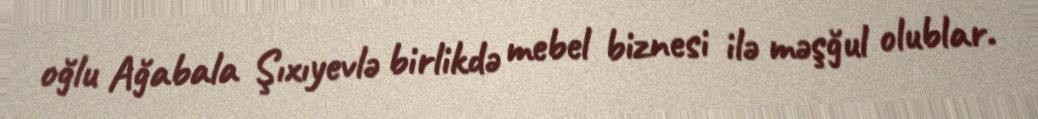
oğlu Ağabala Şıxıyevlə birlikdə mebel biznesi ilə məşğul olublar.